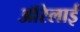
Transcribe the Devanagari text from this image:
ऑरेलाई